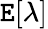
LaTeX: \mathtt{E}[\lambda]